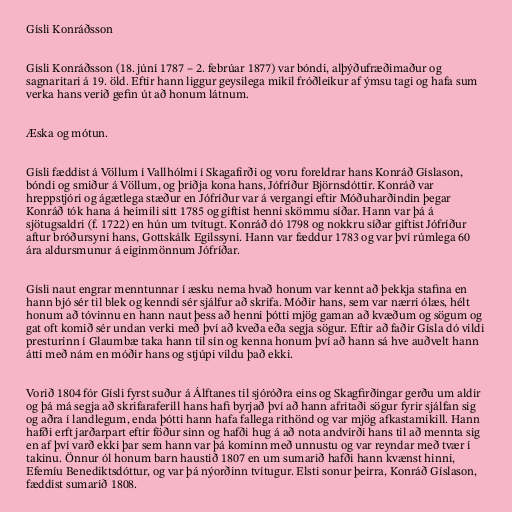
Gísli Konráðsson

Gísli Konráðsson (18. júní 1787 – 2. febrúar 1877) var bóndi, alþýðufræðimaður og
sagnaritari á 19. öld. Eftir hann liggur geysilega mikil fróðleikur af ýmsu tagi og hafa sum
verka hans verið gefin út að honum látnum.

Æska og mótun.

Gísli fæddist á Völlum í Vallhólmi í Skagafirði og voru foreldrar hans Konráð Gíslason,
bóndi og smiður á Völlum, og þriðja kona hans, Jófríður Björnsdóttir. Konráð var
hreppstjóri og ágætlega stæður en Jófríður var á vergangi eftir Móðuharðindin þegar
Konráð tók hana á heimili sitt 1785 og giftist henni skömmu síðar. Hann var þá á
sjötugsaldri (f. 1722) en hún um tvítugt. Konráð dó 1798 og nokkru síðar giftist Jófríður
aftur bróðursyni hans, Gottskálk Egilssyni. Hann var fæddur 1783 og var því rúmlega 60
ára aldursmunur á eiginmönnum Jófríðar.

Gísli naut engrar menntunnar í æsku nema hvað honum var kennt að þekkja stafina en
hann bjó sér til blek og kenndi sér sjálfur að skrifa. Móðir hans, sem var nærri ólæs, hélt
honum að tóvinnu en hann naut þess að henni þótti mjög gaman að kvæðum og sögum og
gat oft komið sér undan verki með því að kveða eða segja sögur. Eftir að faðir Gísla dó vildi
presturinn í Glaumbæ taka hann til sín og kenna honum því að hann sá hve auðvelt hann
átti með nám en móðir hans og stjúpi vildu það ekki.

Vorið 1804 fór Gísli fyrst suður á Álftanes til sjóróðra eins og Skagfirðingar gerðu um aldir
og þá má segja að skrifaraferill hans hafi byrjað því að hann afritaði sögur fyrir sjálfan sig
og aðra í landlegum, enda þótti hann hafa fallega rithönd og var mjög afkastamikill. Hann
hafði erft jarðarpart eftir föður sinn og hafði hug á að nota andvirði hans til að mennta sig
en af því varð ekki þar sem hann var þá kominn með unnustu og var reyndar með tvær í
takinu. Önnur ól honum barn haustið 1807 en um sumarið hafði hann kvænst hinni,
Efemíu Benediktsdóttur, og var þá nýorðinn tvítugur. Elsti sonur þeirra, Konráð Gíslason,
fæddist sumarið 1808.